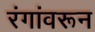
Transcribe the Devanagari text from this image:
रंगांवरून